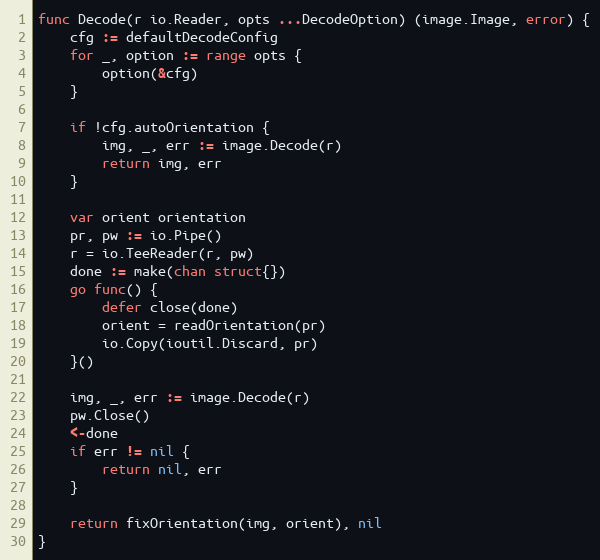
Language: Go
func Decode(r io.Reader, opts ...DecodeOption) (image.Image, error) {
	cfg := defaultDecodeConfig
	for _, option := range opts {
		option(&cfg)
	}

	if !cfg.autoOrientation {
		img, _, err := image.Decode(r)
		return img, err
	}

	var orient orientation
	pr, pw := io.Pipe()
	r = io.TeeReader(r, pw)
	done := make(chan struct{})
	go func() {
		defer close(done)
		orient = readOrientation(pr)
		io.Copy(ioutil.Discard, pr)
	}()

	img, _, err := image.Decode(r)
	pw.Close()
	<-done
	if err != nil {
		return nil, err
	}

	return fixOrientation(img, orient), nil
}